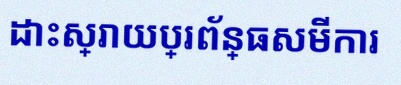
ដោះស្រាយប្រព័ន្ធសមីការ